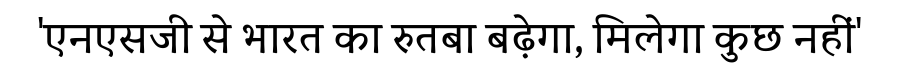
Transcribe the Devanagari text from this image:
'एनएसजी से भारत का रुतबा बढ़ेगा, मिलेगा कुछ नहीं'